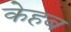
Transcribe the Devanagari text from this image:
केहब